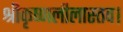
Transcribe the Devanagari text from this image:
श्रीकृष्णलीलास्तव।